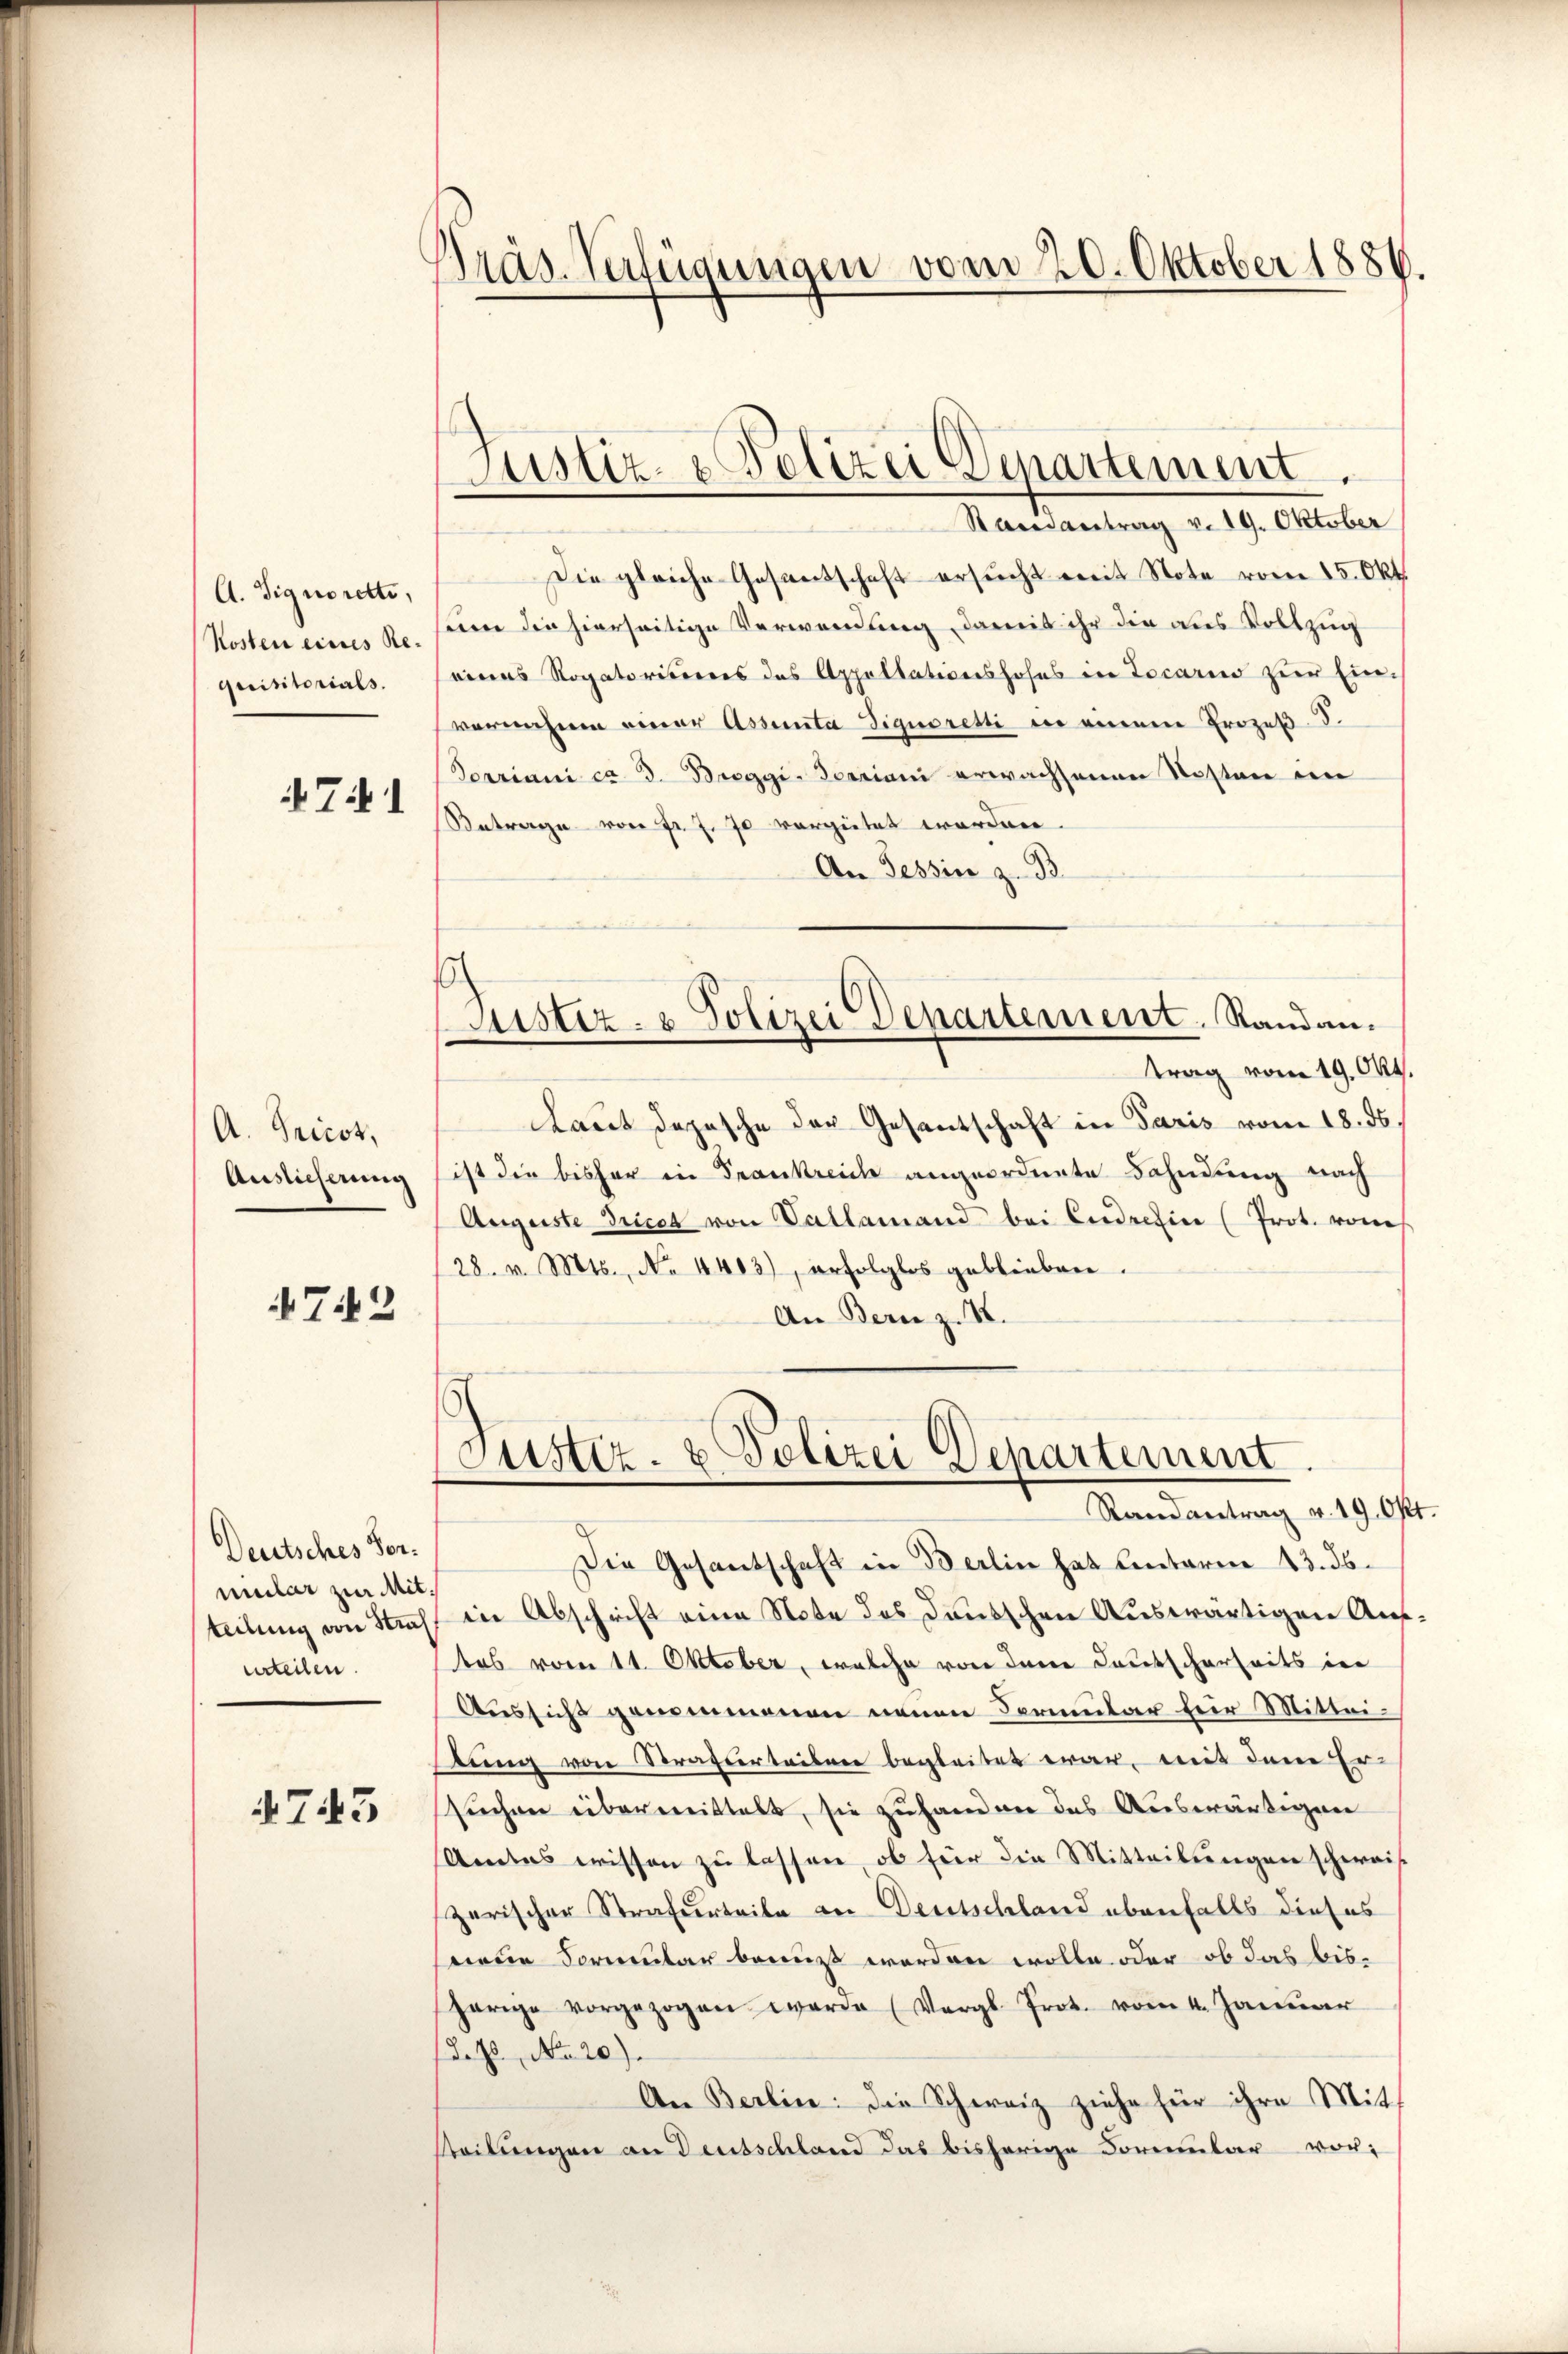
A. Signorette,
Kosten eines Requisitorials.

71

A. Tricos,
Auslicherung

72

Deutsches Vormular zur Mitteilung von Nach
urteilen.

7.43

Präs. Verfügungen vom 20. Oktober 1886.

Justiz- & Polizei Departement.

Randantrag v. 19. Oktober
Die gleiche Gesandschaft ersucht mit Note vom 15. Okt.
wie die hierseitige Verwendung damit ihr die aus Vollzug
eines Rogatorisieres des Appellationshofes in Locario zur Ein-
vernahme einer Assenta Tiquoretti in einem Prozeß F.
Porriani ca 3. Breggi. erriani erwachsenen Kosten in
Antrage von Fr. J. J. vergütet worden.
An Tessin z. B.
Justiz- & Polizei Departement. Randantrag vom 19. Okt.
Laut Depesche der Gesantschaft in Paris vom 18. ds
ist die bisher in Frankreich angeordnete Bahndung nach
Augeste Drices von Vallemand bei Ende hier (Prot. vom
/28. v. Mts., No. 4403), erfolglos geblieben.
An Bern z. B.

Justiz- & Polizei Departement.
Randantrag v. 19. Okt.

Die Gesantschaft in Berlin hat Unterm 13. ds.
in Abschrift eine Note des Dänischen Auswärtigen Auftes vom 11. Oktober, welche von dene Deutscherheits in
Aussicht genommenen neuen Sermutar für Mitteilung von Strassertainer begleitet war, mit dem Er-
suchen übermittelt, sie zu handen das Auswärtigen
Amtes wissen zu lassen, ob für die Mitteilungen schweis
zerischer Strafurteile an Deutschland ebenfalls dieses
neue Formular berust worden wolle oder ob das bis-
herige vorgezogen werde (Vergl. Prot. vom 4. Januar
d. Js. No. 20).
An Berlin: die Schweiz ziehe für ihre Mitsteilungen an Deutschland das bisherige Formular vor¬